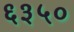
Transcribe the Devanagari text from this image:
६३५०